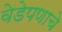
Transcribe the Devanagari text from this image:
वेडेपणाचे